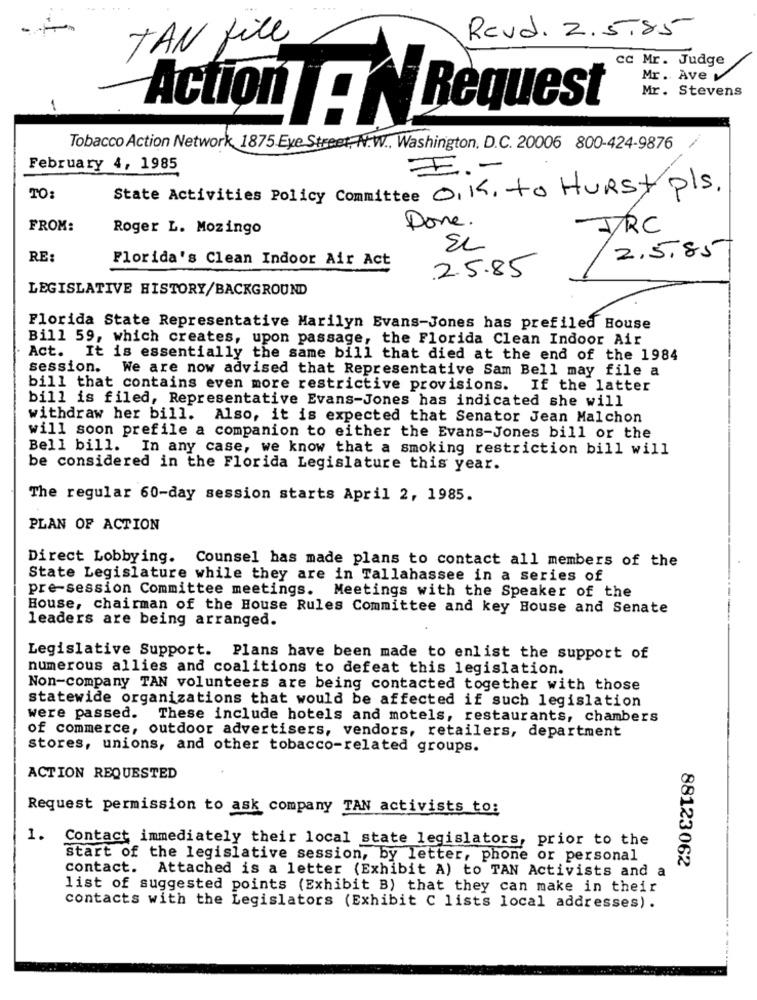
Rovd. 2.5.85
TAN file
cc Mr. Judge
Mr. Ave v
Mr. Stevens
-
Action :NRequest
Tobacco Action Network 1875 Eye Street, N.W .. Washington, D.C. 20006 800-424-9876
February 4, 1985
I .-
State Activities Policy Committee O.K. to Hurst pls.
TO:
FROM:
Roger L. Mozingo
Done.
IRC
EL
2.5.85
RE:
Florida's Clean Indoor Air Act
25.85
LEGISLATIVE HISTORY/BACKGROUND
Florida State Representative Marilyn Evans-Jones has prefiled House
Bill 59, which creates, upon passage, the Florida Clean Indoor Air
Act. It is essentially the same bill that died at the end of the 1984
session. We are now advised that Representative Sam Bell may file a
bill that contains even more restrictive provisions. If the latter
bill is filed, Representative Evans-Jones has indicated she will
withdraw her bill. Also, it is expected that Senator Jean Malchon
will soon prefile a companion to either the Evans-Jones bill or the
Bell bill. In any case, we know that a smoking restriction bill will
be considered in the Florida Legislature this year.
The regular 60-day session starts April 2, 1985.
PLAN OF ACTION
Direct Lobbying. Counsel has made plans to contact all members of the
State Legislature while they are in Tallahassee in a series of
pre-session Committee meetings. Meetings with the Speaker of the
House, chairman of the House Rules Committee and key Bouse and Senate
leaders are being arranged.
Legislative Support. Plans have been made to enlist the support of
numerous allies and coalitions to defeat this legislation.
Non-company TAN volunteers are being contacted together with those
statewide organizations that would be affected if such legislation
were passed. These include hotels and motels, restaurants, chambers
of commerce, outdoor advertisers, vendors, retailers, department
stores, unions, and other tobacco-related groups.
ACTION REQUESTED
Request permission to ask company TAN activists to:
1. Contact immediately their local state legislators, prior to the
start of the legislative session, by letter, phone or personal
88123062
contact. Attached is a letter (Exhibit A) to TAN Activists and a
list of suggested points (Exhibit B) that they can make in their
contacts with the Legislators (Exhibit C lists local addresses).